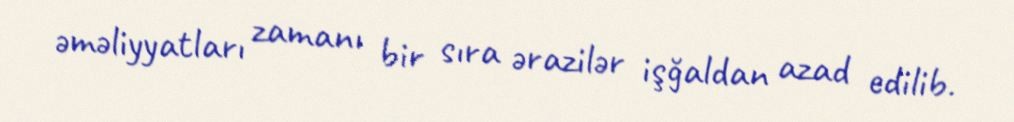
əməliyyatları zamanı bir sıra ərazilər işğaldan azad edilib.